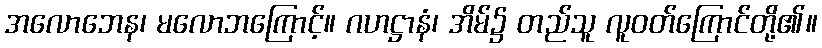
အလောဘေန၊ မလောဘကြောင့်။ ဂဟဋ္ဌာနံ၊ အိမ်၌ တည်သူ လူဝတ်ကြောင်တို့၏။